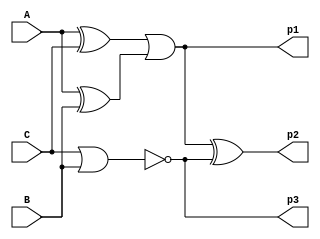
`timescale 1ns / 1ps

module combCloud(

input A,
input B,
input C,
output p1,
output p2,
output p3

    );
    
 
assign p1= (A^C) | (A^B);
assign p3= ~(C|B);
assign p2= p1^p3;    
    

    
endmodule